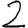
Digit: 2